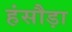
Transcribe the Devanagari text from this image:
हंसौड़ा